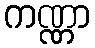
ကဏ္ဏာ